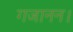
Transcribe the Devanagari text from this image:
गजानन।